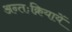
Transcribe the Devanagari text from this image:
अन्तःक्रियायें